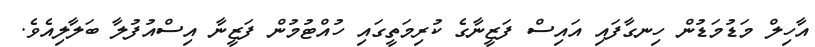
އާހިލް މަޑުމަޑުން ހިނގާފައި އައިސް ފަޒީނާގެ ކުރިމަތީގައި ހުއްޓުމުން ފަޒީނާ އިސްއުފުލާ ބަލާލިއެވެ.